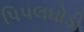
પિપલઘોડી